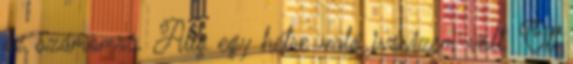
ez számomra. Alig egy hétre való ivóvizem volt. Ott